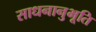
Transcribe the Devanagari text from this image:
साधनानुभूति